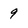
Character: 9